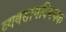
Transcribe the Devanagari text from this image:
व्यवसायविषयक